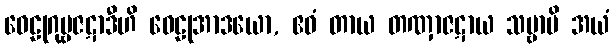
ဝေဠုဂုမ္ဗဇဋာဒီဟိ ဝေဠုအာဒယော, ဧဝံ တာယ တဏှာဇဋာယ သဗ္ဗာပိ အယံ